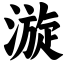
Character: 漩